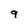
Character: 9